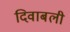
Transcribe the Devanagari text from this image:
दिवाबली